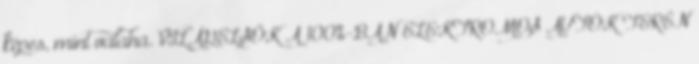
képes, mint valaha. VILÁGELSŐK A 100%-BAN ELEKTROMOS AUTÓK TERÉN